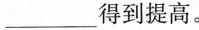
___得到提高。